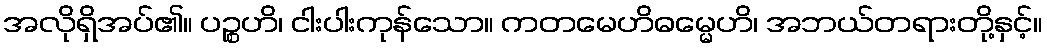
အလိုရှိအပ်၏။ ပဉ္စဟိ၊ ငါးပါးကုန်သော။ ကတမေဟိဓမ္မေဟိ၊ အဘယ်တရားတို့နှင့်။